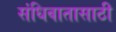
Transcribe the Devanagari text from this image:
संधिवातासाठी